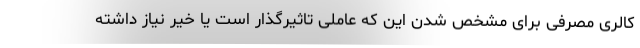
کالری مصرفی برای مشخص شدن این که عاملی تاثیرگذار است یا خیر نیاز داشته